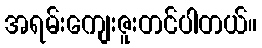
အရမ်းကျေးဇူးတင်ပါတယ်။